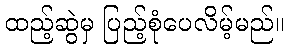
ထည့်ဆွဲမှ ပြည့်စုံပေလိမ့်မည်။